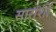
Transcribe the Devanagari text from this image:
सारांशों